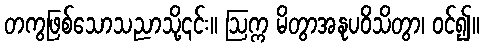
တကွဖြစ်သောသညာသို့၎င်း။ ဩက္က မိတွာအနုပဝိသိတွာ၊ ဝင်၍။